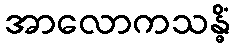
အာလောကသန္ဓိံ